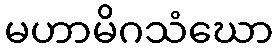
မဟာမိဂသံဃော